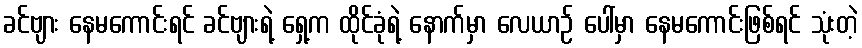
ခင်ဗျား နေမကောင်းရင် ခင်ဗျားရဲ့ ရှေ့က ထိုင်ခုံရဲ့ နောက်မှာ လေယာဉ် ပေါ်မှာ နေမကောင်းဖြစ်ရင် သုံးတဲ့